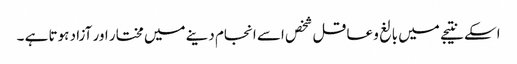
اسکے نتیجے میں بالغ و عاقل شخص اسے انجام دینے میں مختار اور آزاد ہوتا ہے ۔